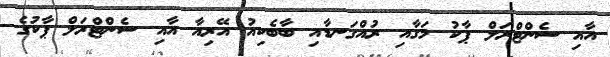
އާއި ސެންޓްރަލް ޕާކު މަގާއި ރުއްގަނޑާއި ބާބެކިއު އޭރިއާ އާއި ސެންޓްރަލް ޕާކުގެ